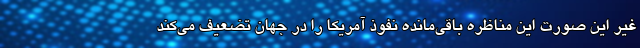
غیر این صورت این مناظره باقی‌مانده نفوذ آمریکا را در جهان تضعیف می‌کند